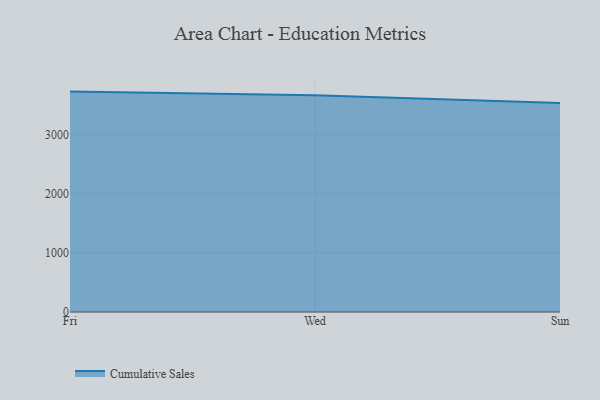
{"axis": {"x": "Day", "y": "Operating Costs (USD K)"}, "legend": ["Cumulative Sales"], "data": [{"x": "Fri", "y": 3723.1, "type": "Cumulative Sales"}, {"x": "Wed", "y": 3659.6, "type": "Cumulative Sales"}, {"x": "Sun", "y": 3532.4, "type": "Cumulative Sales"}]}